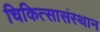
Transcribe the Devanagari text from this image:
चिकित्सासंस्थान